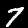
Label: 7